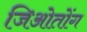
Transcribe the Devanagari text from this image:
जिओतोंग